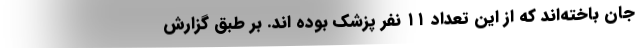
جان باخته‌اند که از این تعداد ۱۱ نفر پزشک بوده اند. بر طبق گزارش